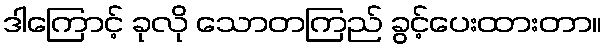
ဒါကြောင့် ခုလို သောတကြည် ခွင့်ပေးထားတာ။